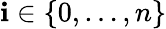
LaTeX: \mathbf{i}\in\{ 0,\ldots,n\}